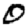
Digit: 0